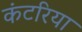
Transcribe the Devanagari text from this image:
कंटरिया